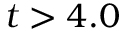
t > 4 . 0